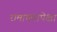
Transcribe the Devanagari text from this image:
रामायणापेक्षा